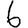
Digit: 6